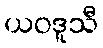
ယဝဒူသီ